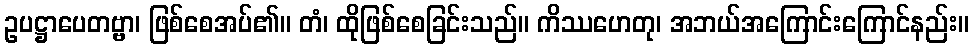
ဥပဋ္ဌာပေတဗ္ဗာ၊ ဖြစ်စေအပ်၏။ တံ၊ ထိုဖြစ်စေခြင်းသည်။ ကိဿဟေတု၊ အဘယ်အကြောင်းကြောင်နည်း။